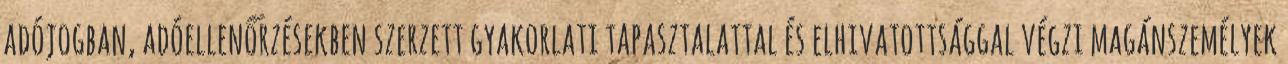
adójogban, adóellenőrzésekben szerzett gyakorlati tapasztalattal és elhivatottsággal végzi magánszemélyek